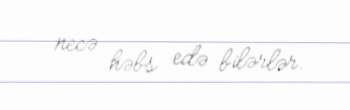
necə həbs edə bilərlər.